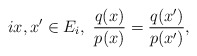
\begin{align*} i x,x' \in E_i,~\frac{q(x)}{p(x)}=\frac{q(x')}{p(x')},\end{align*}